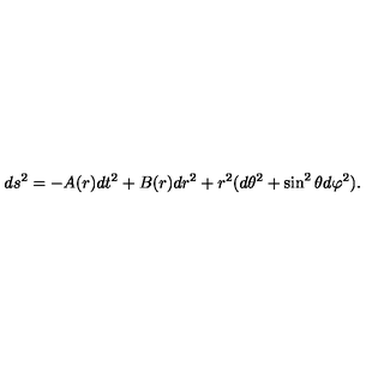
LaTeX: d s ^ { 2 } = - A ( r ) d t ^ { 2 } + B ( r ) d r ^ { 2 } + r ^ { 2 } ( d \theta ^ { 2 } + \sin ^ { 2 } \theta d \varphi ^ { 2 } ) .